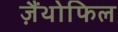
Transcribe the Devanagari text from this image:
ज़ैंथोफिल